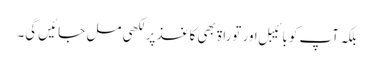
بلکہ آپ کو بائیبل اور توراۃ بھی کاغذ پر لکھی مل جائیں گی۔